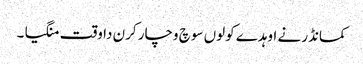
کمانڈر نے اوہدے کولوں سوچ وچار کرن دا وقت منگیا ۔